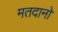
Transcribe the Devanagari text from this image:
मतदानो